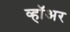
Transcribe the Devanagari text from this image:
व्हॉअर